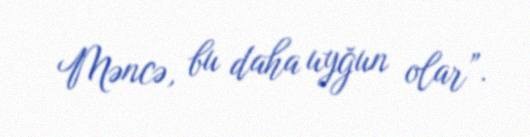
Məncə, bu daha uyğun olar”.